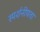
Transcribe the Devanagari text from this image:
स्पर्शनीयता